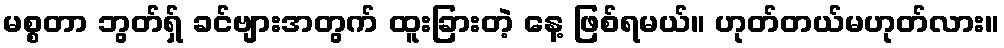
မစ္စတာ ဘွတ်ရှ် ခင်ဗျားအတွက် ထူးခြားတဲ့ နေ့ ဖြစ်ရမယ်။ ဟုတ်တယ်မဟုတ်လား။